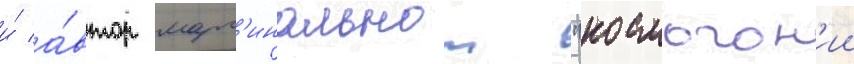
и́ а́втор марг'инальнои "космогон'ии